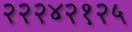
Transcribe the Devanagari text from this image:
२२२४२१२५